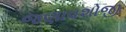
જણાવશોજી